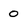
Character: 0